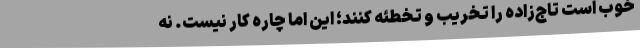
خوب است تاج‌زاده را تخریب و تخطئه کنند؛ این اما چاره کار نیست. نه